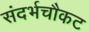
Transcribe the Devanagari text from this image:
संदर्भचौकट